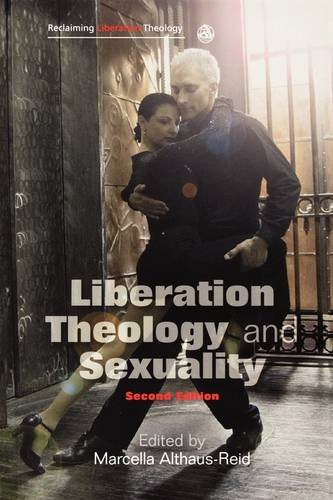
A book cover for Liberation Theology and Sexuality (Reclaiming Liberation Theology); Christian Books & Bibles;